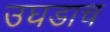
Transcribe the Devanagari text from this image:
उघडाच